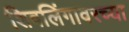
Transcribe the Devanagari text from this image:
शिवलिंगावरच्या